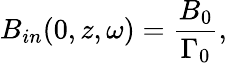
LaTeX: B_{in}(0,z,\omega)=\frac{B_{0}}{\Gamma_{0}},